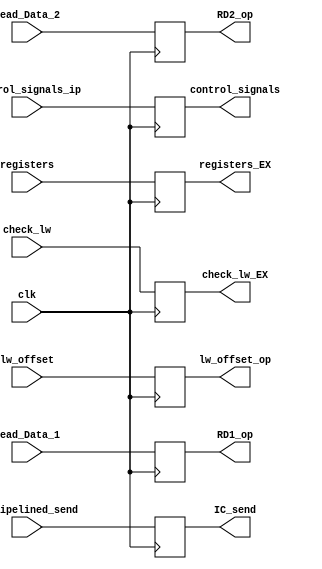
module ID_EX(
    input [31:0] Read_Data_1,
    input [31:0] Read_Data_2,
    input [31:0] lw_offset,
    input [9:0] IC_Pipelined_send,
    input [8:0] control_signals_ip,
    input clk,
    input [14:0] registers,
    input [5:0] check_lw,
    output reg [31:0] RD1_op,
    output reg [31:0] RD2_op,
    output reg [31:0] lw_offset_op,
    output reg [9:0] IC_send,
    output reg [8:0] control_signals,
    output reg [14:0] registers_EX,
    output reg [5:0] check_lw_EX
);

always@(posedge clk) begin
    RD1_op <= Read_Data_1;
    RD2_op <= Read_Data_2;
    lw_offset_op <= lw_offset;
    IC_send <= IC_Pipelined_send;
    control_signals <= control_signals_ip;
    registers_EX <= registers;
    check_lw_EX <= check_lw;
end

endmodule